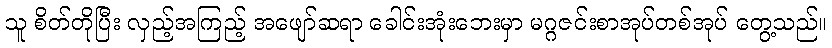
သူ စိတ်တိုပြီး လှည့်အကြည့် အဖျော်ဆရာ ခေါင်းအုံးဘေးမှာ မဂ္ဂဇင်းစာအုပ်တစ်အုပ် တွေ့သည်။